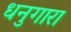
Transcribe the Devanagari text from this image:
धनुगारा